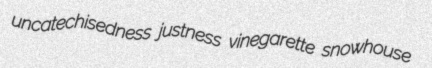
uncatechisedness justness vinegarette snowhouse